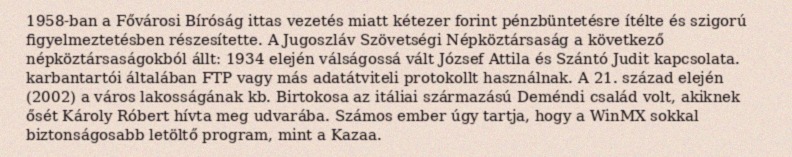
1958-ban a Fővárosi Bíróság ittas vezetés miatt kétezer forint pénzbüntetésre ítélte és szigorú figyelmeztetésben részesítette. A Jugoszláv Szövetségi Népköztársaság a következő népköztársaságokból állt: 1934 elején válságossá vált József Attila és Szántó Judit kapcsolata. karbantartói általában FTP vagy más adatátviteli protokollt használnak. A 21. század elején (2002) a város lakosságának kb. Birtokosa az itáliai származású Deméndi család volt, akiknek ősét Károly Róbert hívta meg udvarába. Számos ember úgy tartja, hogy a WinMX sokkal biztonságosabb letöltő program, mint a Kazaa.